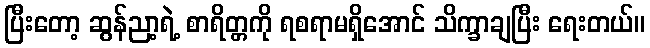
ပြီးတော့ ဆွန်ညာ့ရဲ့ စာရိတ္တကို ရစရာမရှိအောင် သိက္ခာချပြီး ရေးတယ်။